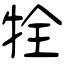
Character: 牷